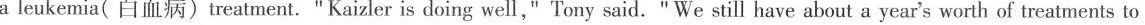
a leukemia( 白血病)treatment. " Kaizler is doing well," Tony said. " We still have about a year's worth of treatments to go.He really wanted to try going to kindergarten,so we gave that a shot,but he was getting sick way too often. "